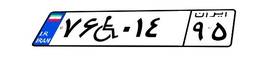
۴۴W۵۹۱۹۹